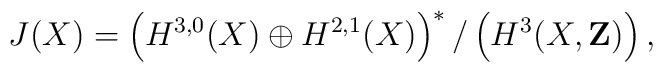
J(X)=\left(H^{3,0}(X)\oplus H^{2,1}(X)\right)^*/\left(H^3(X,\mathbf{Z})\right),